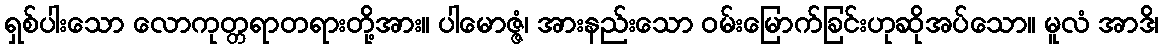
ရှစ်ပါးသော လောကုတ္တရာတရားတို့အား။ ပါမောဇ္ဇံ၊ အားနည်းသော ဝမ်းမြောက်ခြင်းဟုဆိုအပ်သော။ မူလံ အာဒိ၊